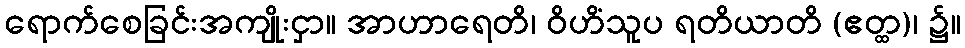
ရောက်စေခြင်းအကျိုးငှာ။ အာဟာရေတိ၊ ဝိဟိံသူပ ရတိယာတိ (ဧတ္ထ)၊ ၌။